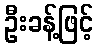
ဦးခန့်ဖြင့်